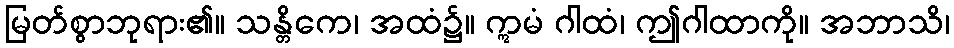
မြတ်စွာဘုရား၏။ သန္တိကေ၊ အထံ၌။ ဣမံ ဂါထံ၊ ဤဂါထာကို။ အဘာသိ၊